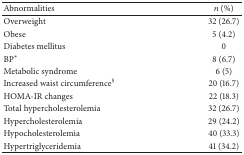
<table><thead><tr><td><b>Abnormalities</b></td><td><b><i>n</i> (%)</b></td></tr></thead><tbody><tr><td>Overweight</td><td>32 (26.7)</td></tr><tr><td>Obese</td><td>5 (4.2)</td></tr><tr><td>Diabetes mellitus </td><td>0</td></tr><tr><td>BP<sup><i>∗</i></sup></td><td>8 (6.7)</td></tr><tr><td>Metabolic syndrome</td><td>6 (5)</td></tr><tr><td>Increased waist circumference<sup>§</sup></td><td>20 (16.7)</td></tr><tr><td>HOMA-IR changes</td><td>22 (18.3)</td></tr><tr><td>Total hypercholesterolemia</td><td>32 (26.7)</td></tr><tr><td>Hypercholesterolemia</td><td>29 (24.2)</td></tr><tr><td>Hypocholesterolemia</td><td>40 (33.3)</td></tr><tr><td>Hypertriglyceridemia</td><td>41 (34.2)</td></tr></tbody></table>